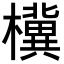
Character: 𪴗